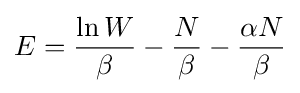
E={\frac {\ln W}{\beta }}-{\frac {N}{\beta }}-{\frac {\alpha N}{\beta }}